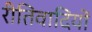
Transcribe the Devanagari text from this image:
रीतिवादियों